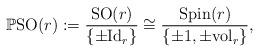
LaTeX: \begin{gather*}\mathbb{P}{\rm SO}(r):= {{\rm SO}(r)\over\{\pm {\rm Id}_r\}}\cong {{\rm Spin}(r)\over\{\pm 1,\pm{\rm vol}_r\}},\end{gather*}